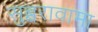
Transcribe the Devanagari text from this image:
सुब्बरावामा